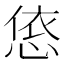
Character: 㥋